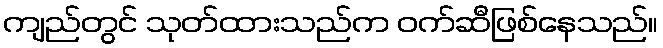
ကျည်တွင် သုတ်ထားသည်က ဝက်ဆီဖြစ်နေသည်။